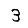
Digit: 3